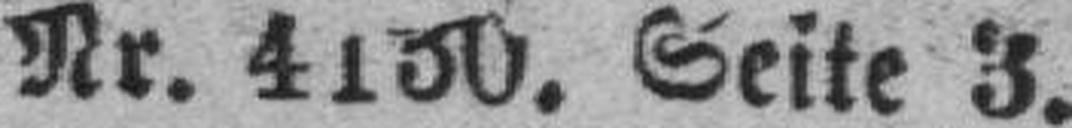
Nr. 4130. Seite 3.